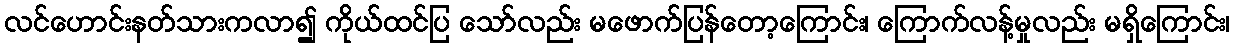
လင်ဟောင်းနတ်သားကလာ၍ ကိုယ်ထင်ပြ သော်လည်း မဖောက်ပြန်တော့ကြောင်း၊ ကြောက်လန့်မှုလည်း မရှိကြောင်း၊